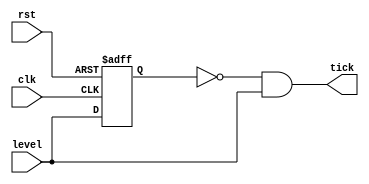
`ifndef EDGE_DETECTOR_V
`define EDGE_DETECTOR_V
`timescale 1ns / 1ps

module edge_detector 
#(  parameter 
        FLANK = 1
)
(
    input clk, rst,
    input level,
    output tick
);

    reg state;

    generate
        if(FLANK == 1) begin
            assign tick = ~state & level;
        end else if (FLANK == 2) begin
            assign tick = state ^ level;
        end else begin
            assign tick = state & ~level;
        end
    endgenerate

    //assign tick = ~state & level;

    // flip flop D
    always@(posedge clk or posedge rst)begin
        if (rst)
            state <= 1'b0;
        else
            state <= level;
    end


endmodule

`endif